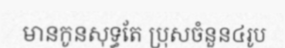
មានកូនសុទ្ធតែ ប្រុសចំនួន៤រូប